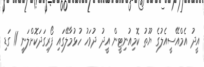
އީދު އެމްއޭސީއެލުގެ ޔޫތު ކޮމިއުނިޓީން އީދު ދުވަހު ހުޅުމާލޭގައި ފޯރިގަދަކޮށްލަނީ 11 ގަޑި